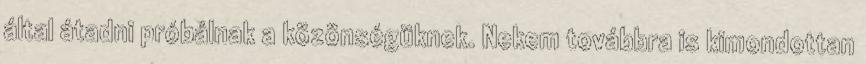
által átadni próbálnak a közönségüknek. Nekem továbbra is kimondottan